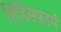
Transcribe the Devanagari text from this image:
लिंडिसफ़ार्म